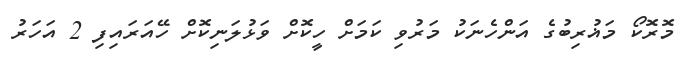
މޮރޮކޯ މަޣުރިބުގެ އަންހެނަކު މަރުވި ކަމަށް ހީކޮށް ވަޅުލަނިކޮށް ހޭއަރައިފި 2 އަހަރު